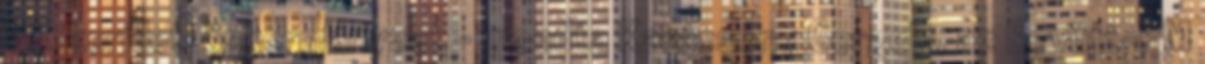
VIII. kerületi önkormányzat - mondta Karácsony Gergely, az Együtt-PM